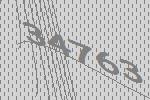
34763